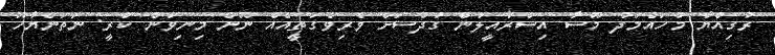
ރުގިއްޔާ މުހައްމަދު މޫސާ އިސްރާއީލުން ގުދުސަށް ވެރިވެގަތީއެއް ނޫން މިނިވަން ކުރީ: ނަތަންޔާހޫ